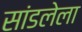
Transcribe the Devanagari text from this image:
सांडलेला